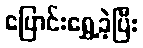
ပြောင်းရွှေ့ခဲ့ပြီး